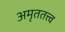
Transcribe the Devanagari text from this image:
अमृततत्त्व